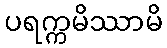
ပရက္ကမိဿာမိ